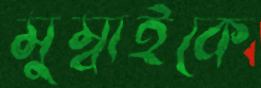
মুম্বাইকে